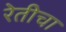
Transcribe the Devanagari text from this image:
रेतीचा